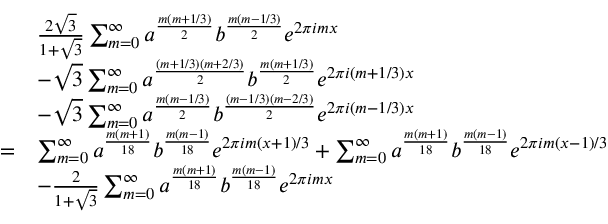
\begin{array} { r l } & { \frac { 2 \sqrt { 3 } } { 1 + \sqrt { 3 } } \sum _ { m = 0 } ^ { \infty } a ^ { \frac { m ( m + 1 / 3 ) } { 2 } } b ^ { \frac { m ( m - 1 / 3 ) } { 2 } } e ^ { 2 \pi i m x } } \\ & { - \sqrt { 3 } \sum _ { m = 0 } ^ { \infty } a ^ { \frac { ( m + 1 / 3 ) ( m + 2 / 3 ) } { 2 } } b ^ { \frac { m ( m + 1 / 3 ) } { 2 } } e ^ { 2 \pi i ( m + 1 / 3 ) x } } \\ & { - \sqrt { 3 } \sum _ { m = 0 } ^ { \infty } a ^ { \frac { m ( m - 1 / 3 ) } { 2 } } b ^ { \frac { ( m - 1 / 3 ) ( m - 2 / 3 ) } { 2 } } e ^ { 2 \pi i ( m - 1 / 3 ) x } } \\ { = } & { \sum _ { m = 0 } ^ { \infty } a ^ { \frac { m ( m + 1 ) } { 1 8 } } b ^ { \frac { m ( m - 1 ) } { 1 8 } } e ^ { 2 \pi i m ( x + 1 ) / 3 } + \sum _ { m = 0 } ^ { \infty } a ^ { \frac { m ( m + 1 ) } { 1 8 } } b ^ { \frac { m ( m - 1 ) } { 1 8 } } e ^ { 2 \pi i m ( x - 1 ) / 3 } } \\ & { - \frac { 2 } { 1 + \sqrt { 3 } } \sum _ { m = 0 } ^ { \infty } a ^ { \frac { m ( m + 1 ) } { 1 8 } } b ^ { \frac { m ( m - 1 ) } { 1 8 } } e ^ { 2 \pi i m x } } \end{array}